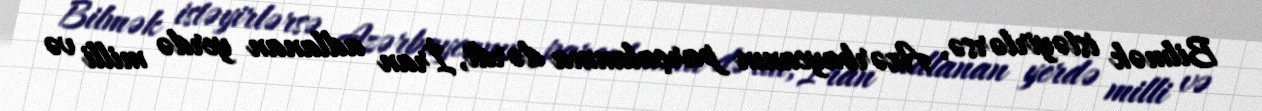
Bilmək istəyirlərsə, Azərbaycanın parçalanma dərdi, İran adlanan yerdə milli və